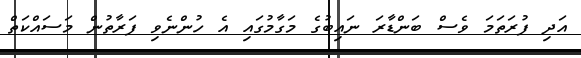
އަދި ފުރަތަމަ ވެސް ބަންޑާރަ ނައިބުގެ މަގާމުގައި އެ ހުންނެވި ފަރާތުން މަސައްކަތް